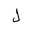
Letter: _lam